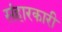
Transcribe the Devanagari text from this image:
संहारकारी